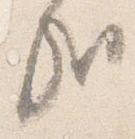
哉